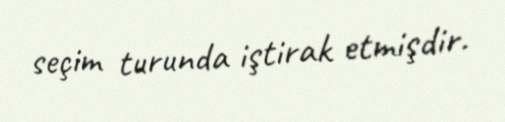
seçim turunda iştirak etmişdir.